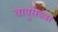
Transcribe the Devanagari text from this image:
वायुसेब्वा